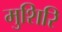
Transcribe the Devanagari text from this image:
मुशिरि